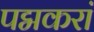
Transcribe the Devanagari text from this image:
पद्मकरां